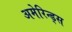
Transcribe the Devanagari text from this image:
अमेरिन्ड्स